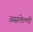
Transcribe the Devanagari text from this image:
असलेल्ली